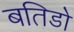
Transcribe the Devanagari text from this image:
बतिडो